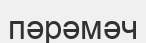
пәрәмәч